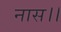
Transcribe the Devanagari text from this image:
नास।।